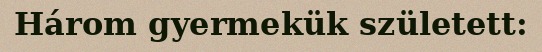
Három gyermekük született: